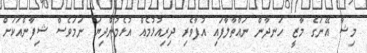
މިޝާ އޭނަގެ މާޒީ ހަނދާން ނައްތާލާފައި އުފާވެރި ދިރިއުޅުމެއް އުޅެމުންދިޔަ ނަމަވެސް ޝިފާންއަކަށް